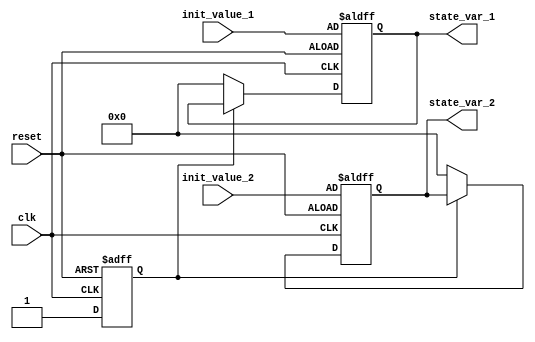
module ConfigurableInitialConditions #(
    parameter integer INITIAL_VALUE_1 = 8'h00,  // Default initial value for state_var_1
    parameter integer INITIAL_VALUE_2 = 8'h00   // Default initial value for state_var_2
)(
    input wire clk,               // Clock signal
    input wire reset,             // Reset signal
    input wire [7:0] init_value_1,// User-defined initial value for state_var_1
    input wire [7:0] init_value_2,// User-defined initial value for state_var_2
    output reg [7:0] state_var_1, // Internal state variable 1
    output reg [7:0] state_var_2  // Internal state variable 2
);

// Internal signal to track if initialization has occurred
reg initialized;

// Initialization logic
always @(posedge clk or posedge reset) begin
    if (reset) begin
        // Reset state variables to user-defined initial values or default values
        state_var_1 <= init_value_1;
        state_var_2 <= init_value_2;
        initialized <= 1'b1; // Mark as initialized
    end else if (!initialized) begin
        // Assign initial conditions at the start of the simulation
        state_var_1 <= INITIAL_VALUE_1;
        state_var_2 <= INITIAL_VALUE_2;
        initialized <= 1'b1; // Mark as initialized
    end
end

endmodule